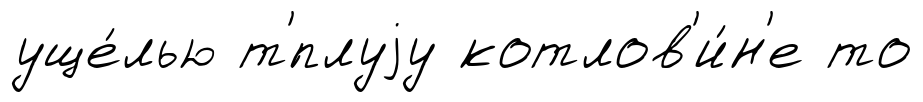
уще́лью т'́плуjу котлов'и́н'е то